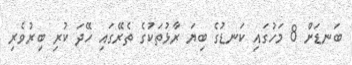
ބަނޑަށް 8 މަހުގައި ކަނޑުގެ ބިޔަ ރާޅުތަކުގެ ތެރޭގައި ހޭދަ ކުރި ބިރުވެރި